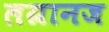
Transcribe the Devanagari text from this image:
लग्रानज